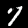
Digit: 7